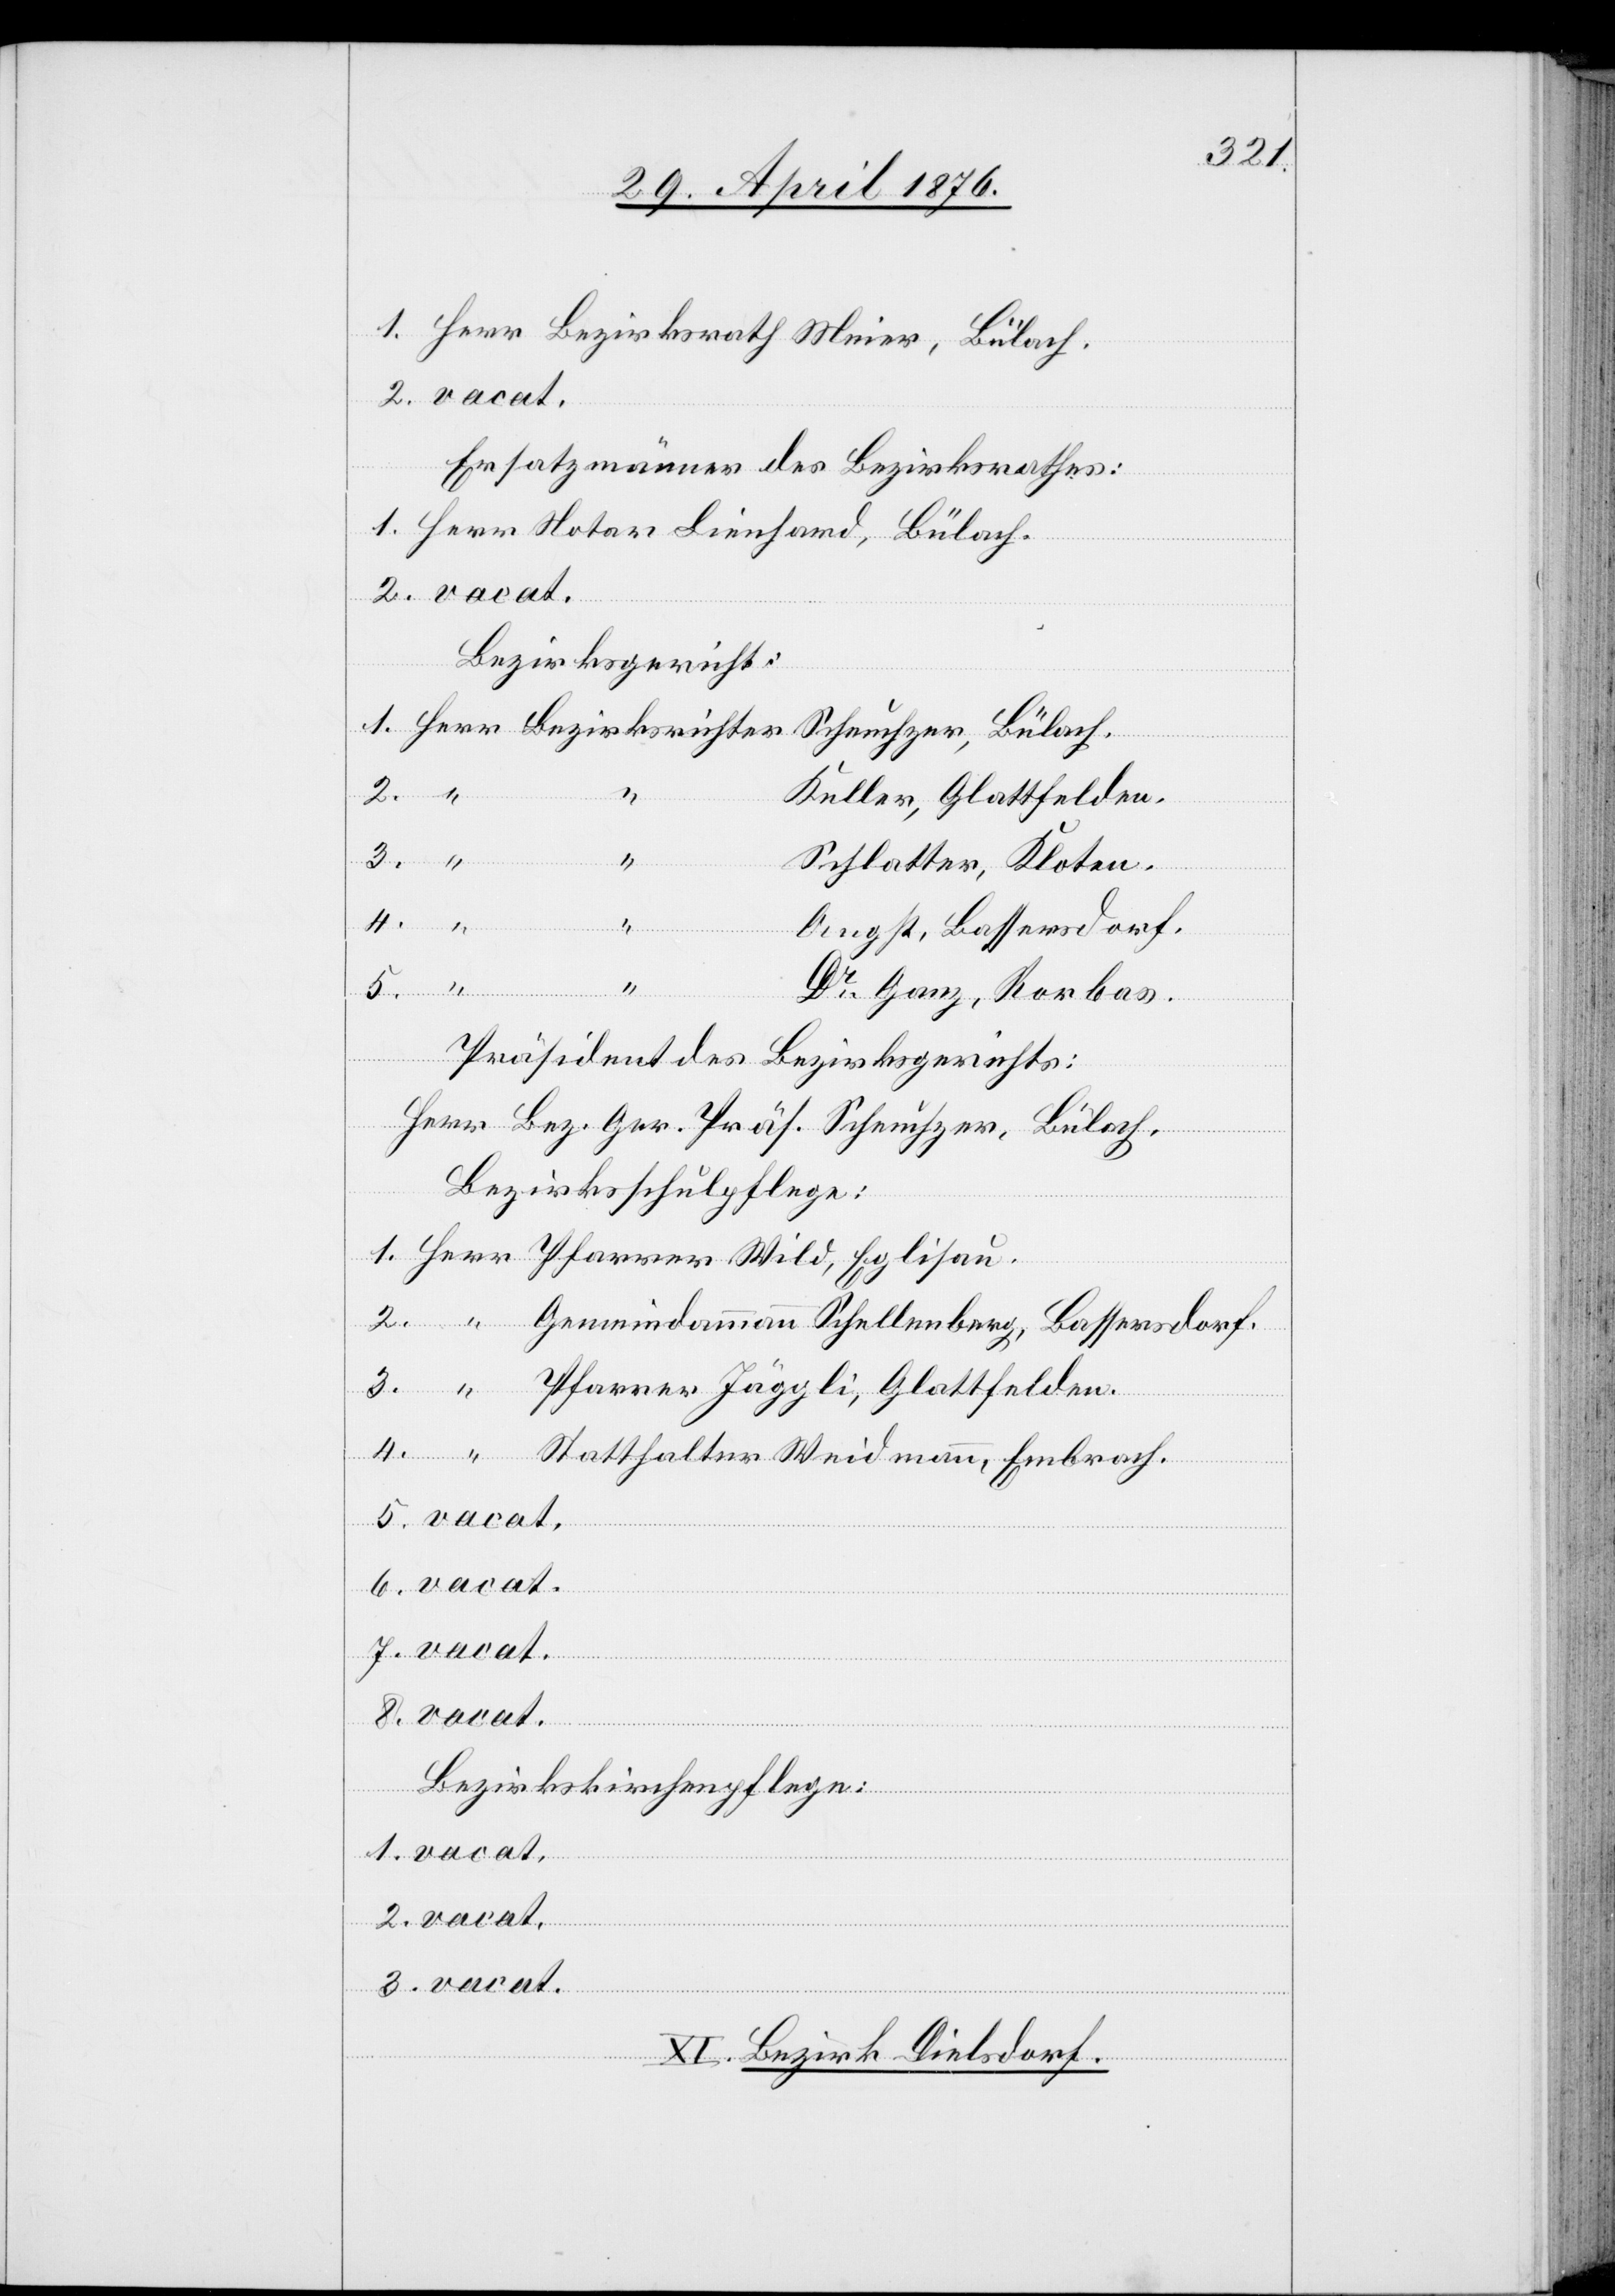
Ersatzmänner des Bezirksrathes:
Bezirksricht¬
Keller, Glattfelden.
2.
t.
3.
Schlatter, Kloten.
4.
Schellen¬
Glattfelden.
berg, Bassersdorf.
“
“
Weidmann,
5.
Dr Ganz, Rorbas.
Präsident des Bezirksgerichts:
Herr Bez. Ger. Präs. Scheuchzer, Bülach.
Bezirksschulpflege:
thalter
er
at.
XI. Bezirk Dielsdorf.